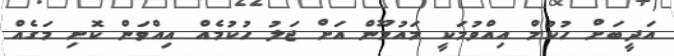
އަދީބަށް ހުކުމް އިއްވުމަކީ މައުމޫން އަށް ޖަލު ހުކުމެއް އިއްވަން ކޮށި މަގެއް